Vaccination in Burma 1920-1933 - 1920-1933
Year: 1920
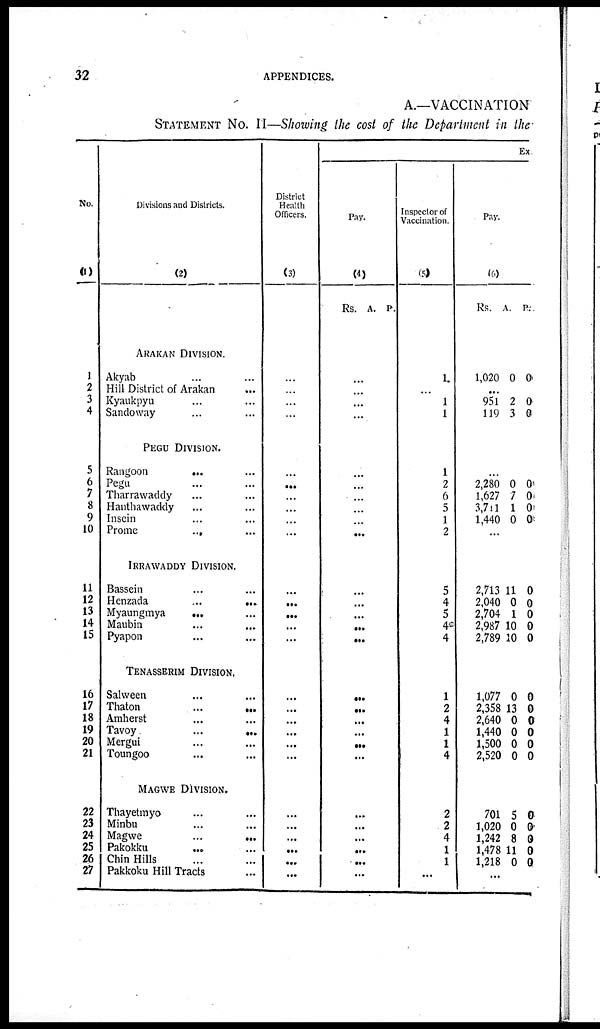
32
APPENDICES.
A.—VACCINATION
STATEMENT No. II—Showing the cost of the Department in the
No.
(1)
1
2
3
4
5
6
7
8
9
10
11
12
13
14
15
16
17
18
19
20
21
22
23
24
25
26
27
Divisions and Districts.
(2)
ARAKAN DIVISION.
Akyab... ...
Hill District of Arakan
...
Kyaukpyu... ...
Sandoway... ...
PEGU DIVISION.
Rangoon... ...
Pegu... ...
Tharrawaddy... ...
Hanthawaddy... ...
Insein... ...
Prome
...
...
IRRAWADDY DIVISION.
Bassein... ...
Henzada...
...
Myaungmya... ...
Maubin... ...
Pyapon... ...
TENASSERIM DIVISION.
Salween... ...
Thaton...
...
Amherst... ...
Tavoy
...
...
Mergui... ...
Toungoo... ...
MAGWE DIVISION.
Thayetmyo... ...
Minbu... ...
Magwe...
...
Pakokku ... ...
Chin Hills... ...
Pakkoku Hill Tracts...
District
Health
Officers.
(3)
...
...
...
...
...
...
...
...
...
...
...
...
...
...
...
...
...
...
...
...
...
...
...
...
...
...
...
Ex
Pay.
(4)
Rs. A. P.
...
...
...
...
...
...
...
...
...
...
...
...
...
...
...
...
...
...
...
...
...
...
...
...
...
...
...
Inspector of
Vaccination.
(5)
1
...
1
1
1
2
6
5
1
2
5
4
5
40
4
1
2
4
1
1
4
2
2
4
1
1
...
Pay.
(6)
Rs. A. P.
1,020 0 0
...
951
119
2
3
0
0
...
2,280
1,627
3,711
1,440
0
7
1
0
0
0
0
0
...
2,713
2,040
2,704
2,987
2,789
11
0
1
10
10
0
0
0
0
0
1,077
2,358
2,640
1,440
1,500
2,520
0
13
0
0
0
0
0
0
0
0
0
0
701
1,020
1,242
1,478
1,218
5
0
8
11
0
0
0
0
0
0
...